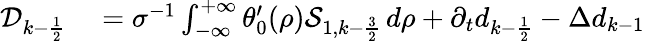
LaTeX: \begin{array}{rl}{\mathcal{D}_{k-\frac{1}{2}}}&{{}=\sigma^{-1}\int_{-\infty}^{+\infty}\theta_{0}^{\prime}(\rho)\mathcal{S}_{1,k-\frac{3}{2}}\, d\rho+\partial_{t}d_{k-\frac{1}{2}}-\Delta d_{k-1}}\end{array}